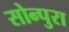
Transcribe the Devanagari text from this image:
सोन्पुरा